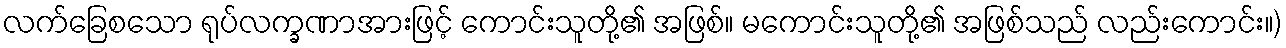
လက်ခြေစသော ရုပ်လက္ခဏာအားဖြင့် ကောင်းသူတို့၏ အဖြစ်။ မကောင်းသူတို့၏ အဖြစ်သည် လည်းကောင်း။)